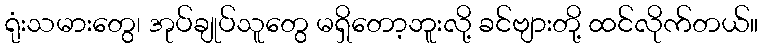
ရုံးသမားတွေ၊ အုပ်ချုပ်သူတွေ မရှိတော့ဘူးလို့ ခင်ဗျားတို့ ထင်လိုက်တယ်။